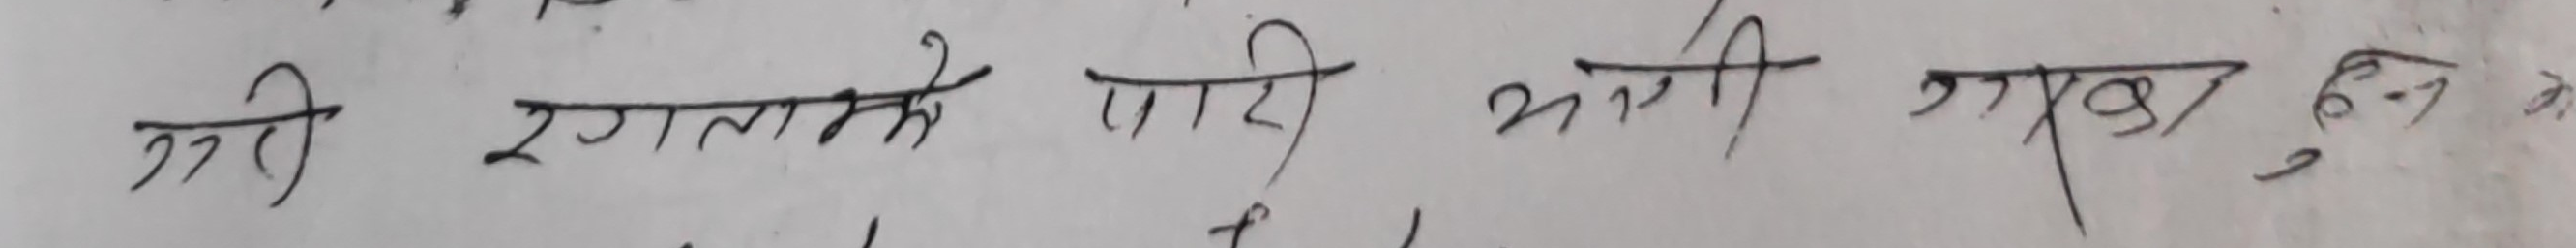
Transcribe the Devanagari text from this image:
मरी रगतमा पिरली भली गुबा हुन्